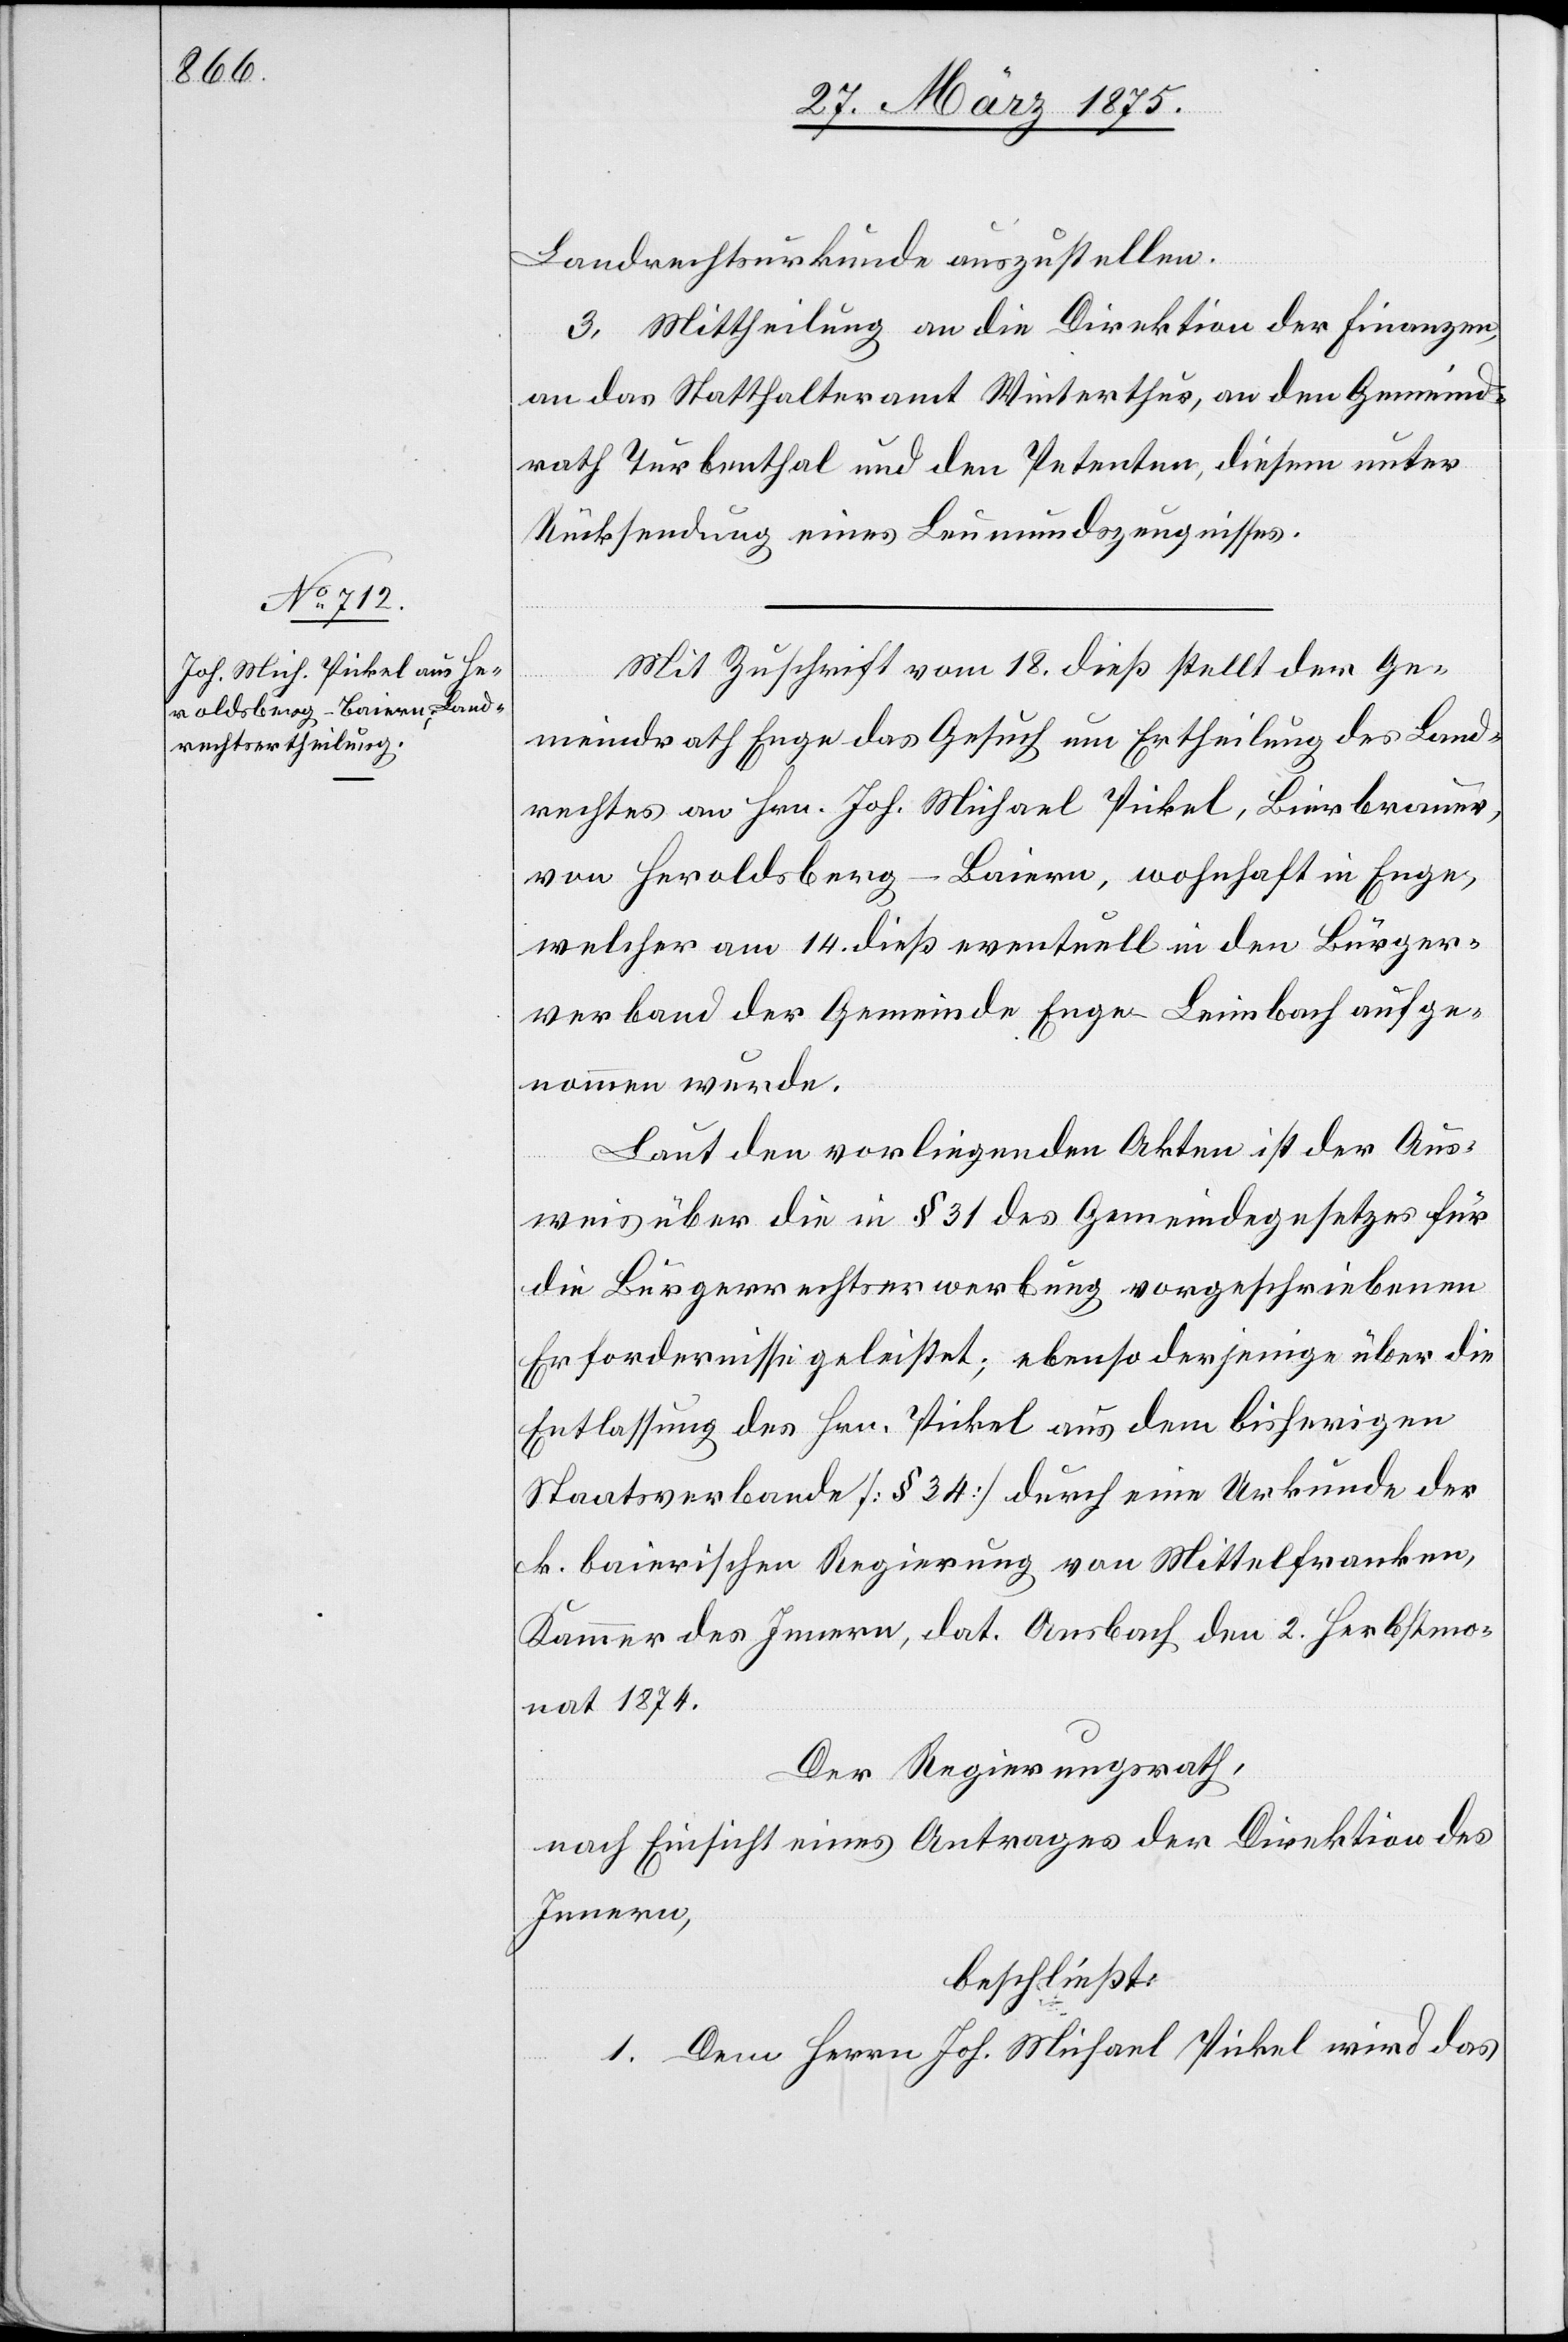
Landesurkunde auszustellen.
3. Mittheilung an die Direktion der Finanzen,
an das Statthalteramt Winterthur, an den Gemeind¬
rath Turbenthal und den Petenten, diesem unter
Rücksendung eines Leumundszeugnisses.
Mit Zuschrift vom 18. dieß stellt der Ge¬
meindrath Enge das Gesuch um Ertheilung des Land¬
rechtes von Hrn. Joh. Michael Pickel, Bierbrauer,
von Heroldsberg - Baiern, wohnhaft in Enge,
welcher am 14. dieß eventuell in den Bürger¬
verband der Gemeinde Enge-Leimbach aufge¬
nommen wurde.
Laut vorliegenden Akten ist der Aus¬
weis über die in § 31 des Gemeindegesetzes für
die Bürgerrechtserwerbung vorgeschriebenen
Erfordernisse geleistet; ebenso derjenige über die
Entlassung des Hrn. Pickel aus dem bisherigen
Staatsverbande [§ 34] durch eine Urkunde der
k. bairischen Regierung von Mittelfranken,
Kammer des Innern, dat. Ansbach den 2. Herbstmo¬
nat 1874.
Der Regierungsrath,
nach Einsicht eines Antrages der Direktion des
Innern,
beschließt:
1. Dem Herrn Jos. Michael Pickel wird das